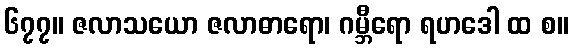
၆၇၇။ ဇလာသယော ဇလာဓာရော၊ ဂမ္ဘီရော ရဟဒေါ ထ စ။